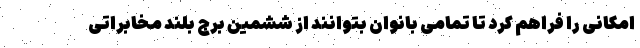
امکانی را فراهم کرد تا تمامی بانوان بتوانند از ششمین برج بلند مخابراتی